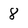
Character: 8